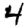
Digit: 4